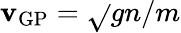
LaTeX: \mathbf{v}_{\mathrm{{GP}}}=\sqrt{}{{gn/m}}